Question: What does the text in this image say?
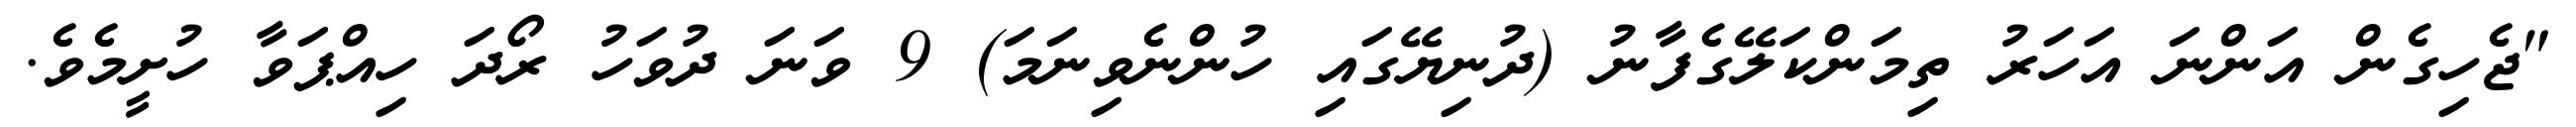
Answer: "ޖެހިގެން އަންނަ އަހަރު ތިމަންކަލޭގެފާނު (ދުނިޔޭގައި ހުންނެވިނަމަ) 9 ވަނަ ދުވަހު ރޯދަ ހިއްޕަވާ ހުށީމެވެ.